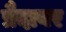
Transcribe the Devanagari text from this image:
प्रैदावर